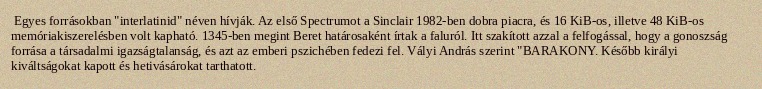
Egyes forrásokban "interlatinid" néven hívják. Az első Spectrumot a Sinclair 1982-ben dobra piacra, és 16 KiB-os, illetve 48 KiB-os memóriakiszerelésben volt kapható. 1345-ben megint Beret határosaként írtak a faluról. Itt szakított azzal a felfogással, hogy a gonoszság forrása a társadalmi igazságtalanság, és azt az emberi pszichében fedezi fel. Vályi András szerint "BARAKONY. Később királyi kiváltságokat kapott és hetivásárokat tarthatott.